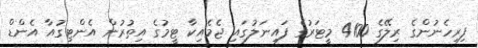
ފިރިހެނުންގެ ރިލޭގެ 4100 މީޓަރުގެ ފައިނަލުގައި ޖެމެއިކާ ޓީމުގެ އިތުރުން އެންޓިގުއާ އެންޑް